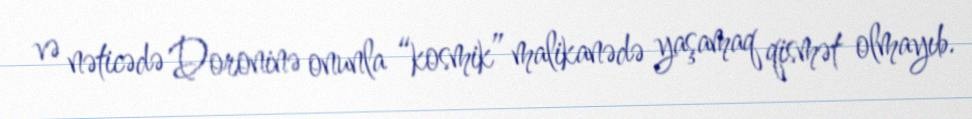
və nəticədə Doroninə onunla “kosmik” malikanədə yaşamaq qismət olmayıb.